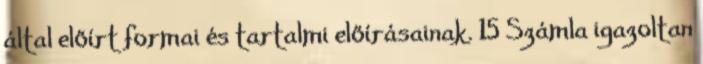
által előírt formai és tartalmi előírásainak. 15 Számla igazoltan